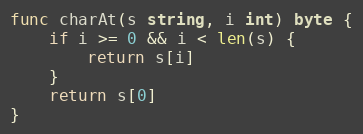
Language: Go
func charAt(s string, i int) byte {
	if i >= 0 && i < len(s) {
		return s[i]
	}
	return s[0]
}